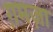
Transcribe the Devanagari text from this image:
ग़मज़ा